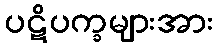
ပဋိပက္ခများအား